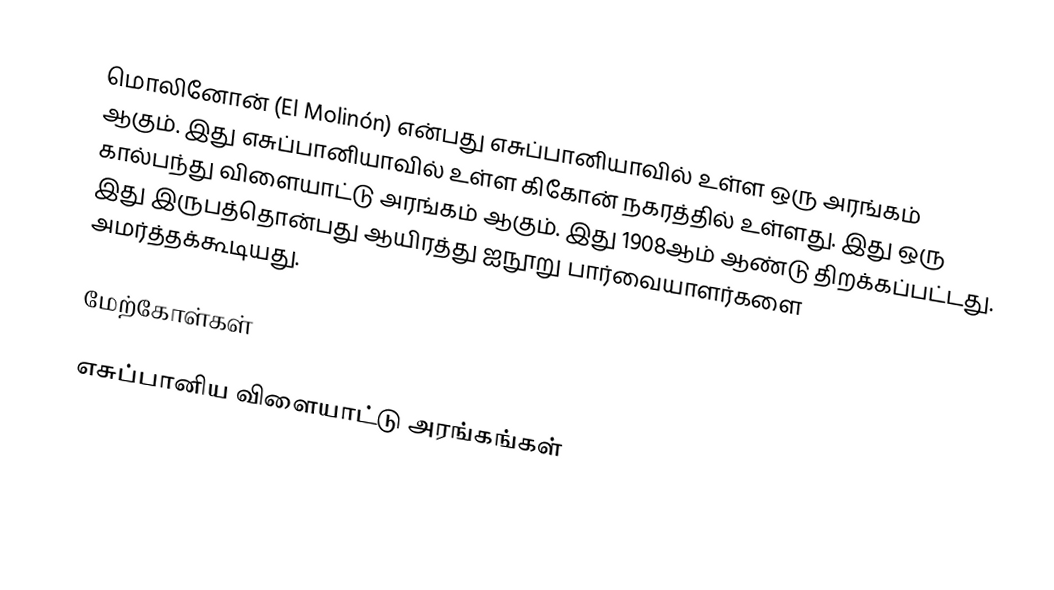
மொலினோன் (El Molinón) என்பது எசுப்பானியாவில் உள்ள ஒரு அரங்கம் ஆகும். இது எசுப்பானியாவில் உள்ள கிகோன் நகரத்தில் உள்ளது. இது ஒரு கால்பந்து விளையாட்டு அரங்கம் ஆகும். இது 1908ஆம் ஆண்டு திறக்கப்பட்டது. இது இருபத்தொன்பது ஆயிரத்து ஐநூறு பார்வையாளர்களை அமர்த்தக்கூடியது.

மேற்கோள்கள்

எசுப்பானிய விளையாட்டு அரங்கங்கள்